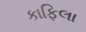
કાફિલા